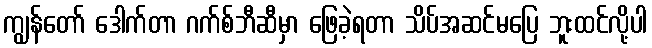
ကျွန်တော် ဒေါက်တာ ဂက်စ်ဘီဆီမှာ ဖြေခဲ့ရတာ သိပ်အဆင်မပြေ ဘူးထင်လို့ပါ